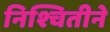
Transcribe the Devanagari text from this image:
निश्चितीने